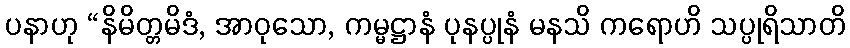
ပနာဟု “နိမိတ္တမိဒံ, အာဝုသော, ကမ္မဋ္ဌာနံ ပုနပ္ပုနံ မနသိ ကရောဟိ သပ္ပုရိသာတိ